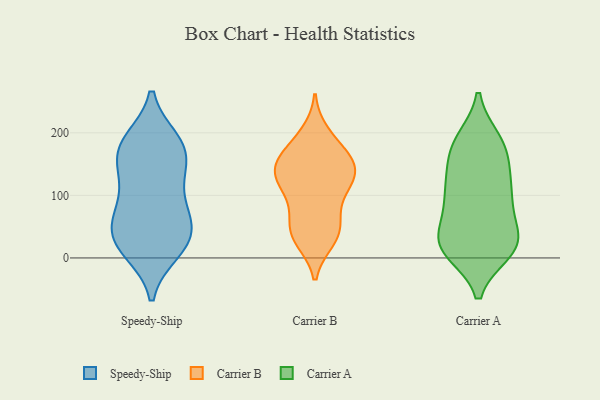
{"axis": {"x": "Population (Million)", "y": "Value"}, "legend": ["Carrier A", "Carrier B", "Speedy-Ship"], "data": [{"x": "", "y": 176, "type": "Speedy-Ship"}, {"x": "", "y": 137, "type": "Speedy-Ship"}, {"x": "", "y": 70, "type": "Speedy-Ship"}, {"x": "", "y": 177, "type": "Speedy-Ship"}, {"x": "", "y": 14, "type": "Speedy-Ship"}, {"x": "", "y": 187, "type": "Speedy-Ship"}, {"x": "", "y": 130, "type": "Speedy-Ship"}, {"x": "", "y": 33, "type": "Speedy-Ship"}, {"x": "", "y": 11, "type": "Speedy-Ship"}, {"x": "", "y": 119, "type": "Speedy-Ship"}, {"x": "", "y": 166, "type": "Speedy-Ship"}, {"x": "", "y": 58, "type": "Speedy-Ship"}, {"x": "", "y": 23, "type": "Speedy-Ship"}, {"x": "", "y": 72, "type": "Speedy-Ship"}, {"x": "", "y": 29, "type": "Speedy-Ship"}, {"x": "", "y": 186, "type": "Speedy-Ship"}, {"x": "", "y": 67, "type": "Speedy-Ship"}, {"x": "", "y": 29, "type": "Carrier B"}, {"x": "", "y": 152, "type": "Carrier B"}, {"x": "", "y": 137, "type": "Carrier B"}, {"x": "", "y": 125, "type": "Carrier B"}, {"x": "", "y": 44, "type": "Carrier B"}, {"x": "", "y": 154, "type": "Carrier B"}, {"x": "", "y": 53, "type": "Carrier B"}, {"x": "", "y": 40, "type": "Carrier B"}, {"x": "", "y": 187, "type": "Carrier B"}, {"x": "", "y": 30, "type": "Carrier B"}, {"x": "", "y": 103, "type": "Carrier B"}, {"x": "", "y": 134, "type": "Carrier B"}, {"x": "", "y": 70, "type": "Carrier B"}, {"x": "", "y": 102, "type": "Carrier B"}, {"x": "", "y": 151, "type": "Carrier B"}, {"x": "", "y": 119, "type": "Carrier B"}, {"x": "", "y": 198, "type": "Carrier B"}, {"x": "", "y": 170, "type": "Carrier B"}, {"x": "", "y": 143, "type": "Carrier B"}, {"x": "", "y": 182, "type": "Carrier A"}, {"x": "", "y": 180, "type": "Carrier A"}, {"x": "", "y": 95, "type": "Carrier A"}, {"x": "", "y": 152, "type": "Carrier A"}, {"x": "", "y": 17, "type": "Carrier A"}, {"x": "", "y": 20, "type": "Carrier A"}, {"x": "", "y": 70, "type": "Carrier A"}, {"x": "", "y": 24, "type": "Carrier A"}, {"x": "", "y": 138, "type": "Carrier A"}, {"x": "", "y": 188, "type": "Carrier A"}, {"x": "", "y": 109, "type": "Carrier A"}, {"x": "", "y": 35, "type": "Carrier A"}, {"x": "", "y": 181, "type": "Carrier A"}, {"x": "", "y": 20, "type": "Carrier A"}, {"x": "", "y": 20, "type": "Carrier A"}, {"x": "", "y": 11, "type": "Carrier A"}, {"x": "", "y": 23, "type": "Carrier A"}, {"x": "", "y": 92, "type": "Carrier A"}, {"x": "", "y": 90, "type": "Carrier A"}, {"x": "", "y": 124, "type": "Carrier A"}]}